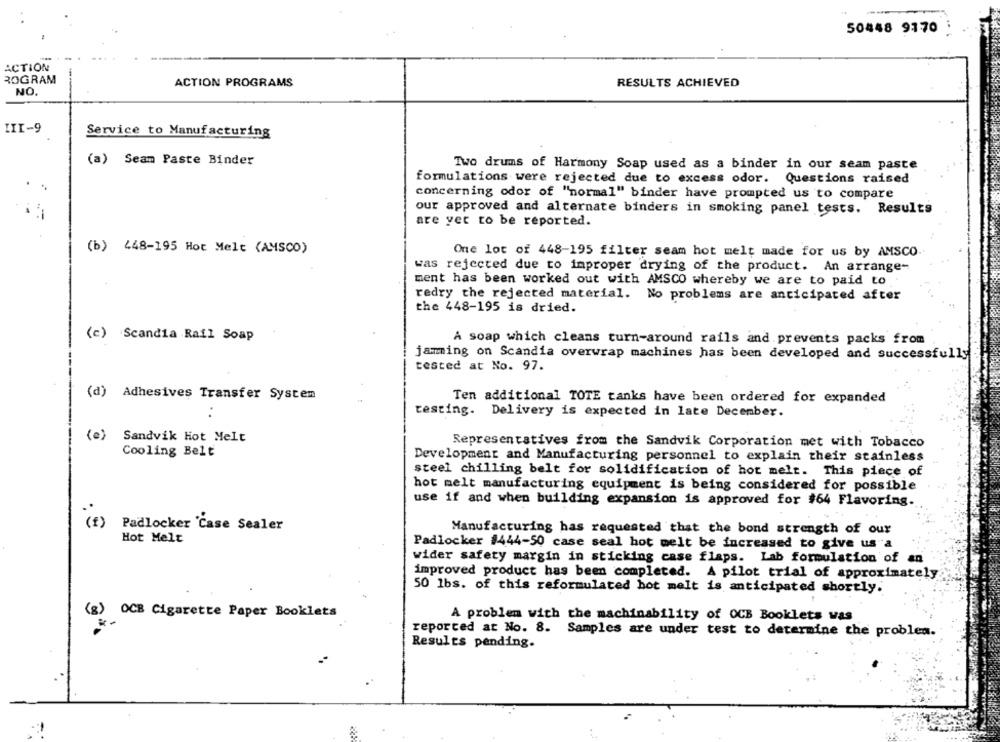
50448 9170
ACTION
ROGRAM
ACTION PROGRAMS
RESULTS ACHIEVED
NO.
III-9
Service to Manufacturing
(a) Seam Paste Binder
Two drums of Harmony Soap used as a binder in our seam paste
formulations were rejected due to excess odor. Questions raised
concerning odor of "normal" binder have prompted us to compare
our approved and alternate binders in smoking panel tests. Results
are yer to be reported.
(b) 448-195 Hot Melt (AMSCO)
One lot of 448-195 filter seam hot melt made for us by AMSCO
was rejected due to improper drying of the product. An arrange-
ment has been worked out with AMSCO whereby we are to paid to
redry the rejected material. No problems are anticipated after
the 448-195 is dried.
(c) Scandia Rail Soap
A soap which cleans turn-around rails and prevents packs from
jamming on Scandia overwrap machines has been developed and successfully
tested at No. 97.
(d) Adhesives Transfer System
Ten additional TOTE tanks have been ordered for expanded
testing. Delivery is expected in late December.
Sandvik Hot Melt
Representatives from the Sandvik Corporation met with Tobacco
Cooling Belt
Development and Manufacturing personnel to explain their stainless
steel chilling belt for solidification of hot melt. This piece of
hot melt manufacturing equipment is being considered for possible
use if and when building expansion is approved for #64 Flavoring.
( 1 )
Padlocker Case Sealer
Manufacturing has requested that the bond strength of our
Hot Melt
Padlocker #444-50 case seal hot melt be increased to give us a
wider safety margin in sticking case flaps. Lab formulation of an
improved product has been completed. A pilot trial of approximately
50 1bs. of this reformulated hot melt is anticipated shortly.
(g) OCH Cigarette Paper Booklets
A problem with the machinability of OCB Booklets was
reported at No. 8. Samples are under test to determine the problea.
Results pending.